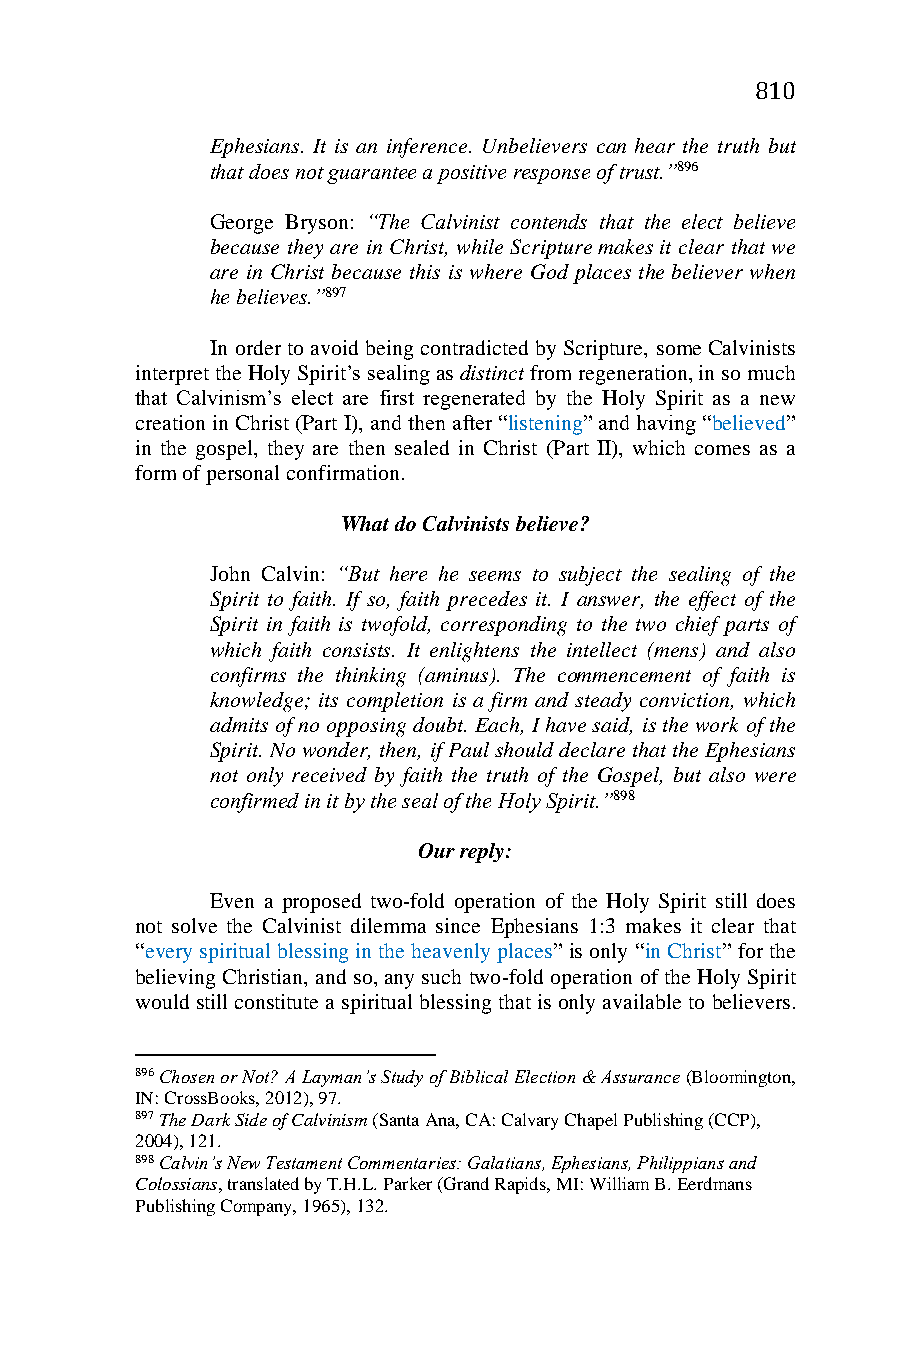
810
 Ephesians. It is an inference. Unbelievers can hear the truth but
 that does not guarantee a positive response of trust.”896
 George Bryson: “The Calvinist contends that the elect believe
 because they are in Christ, while Scripture makes it clear that we
 are in Christ because this is where God places the believer when
 he believes.”897
 In order to avoid being contradicted by Scripture, some Calvinists
 interpret the Holy Spirit’s sealing as distinct from regeneration, in so much
 that Calvinism’s elect are first regenerated by the Holy Spirit as a new
 creation in Christ (Part I), and then after “listening” and having “believed”
 in the gospel, they are then sealed in Christ (Part II), which comes as a
 form of personal confirmation.
 What do Calvinists believe?
 John Calvin: “But here he seems to subject the sealing of the
 Spirit to faith. If so, faith precedes it. I answer, the effect of the
 Spirit in faith is twofold, corresponding to the two chief parts of
 which faith consists. It enlightens the intellect (mens) and also
 confirms the thinking (aminus). The commencement of faith is
 knowledge; its completion is a firm and steady conviction, which
 admits of no opposing doubt. Each, I have said, is the work of the
 Spirit. No wonder, then, if Paul should declare that the Ephesians
 not only received by faith the truth of the Gospel, but also were
 confirmed in it by the seal of the Holy Spirit.”898
 Our reply:
 Even a proposed two-fold operation of the Holy Spirit still does
 not solve the Calvinist dilemma since Ephesians 1:3 makes it clear that
 “every spiritual blessing in the heavenly places” is only “in Christ” for the
 believing Christian, and so, any such two-fold operation of the Holy Spirit
 would still constitute a spiritual blessing that is only available to believers.
 896 Chosen or Not? A Layman’s Study of Biblical Election & Assurance (Bloomington,
 IN: CrossBooks, 2012), 97.
 897 The Dark Side of Calvinism (Santa Ana, CA: Calvary Chapel Publishing (CCP),
 2004), 121.
 898 Calvin’s New Testament Commentaries: Galatians, Ephesians, Philippians and
 Colossians, translated by T.H.L. Parker (Grand Rapids, MI: William B. Eerdmans
 Publishing Company, 1965), 132.